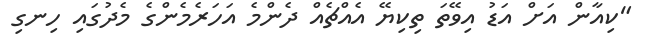
"ކިއާން އަށް އަޑު އިވޭތަ ތިކިޔޭ އެއްޗެއް ދެންމެ އަހަރެމެންގެ މެދުގައި ހިނގި